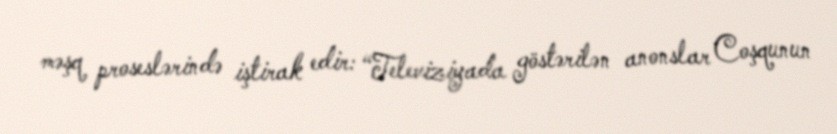
məşq proseslərində iştirak edir: “Televiziyada göstərilən anonslar Coşqunun